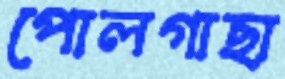
পোলগাছা